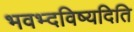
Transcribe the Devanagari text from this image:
भवभ्दविष्यदिति